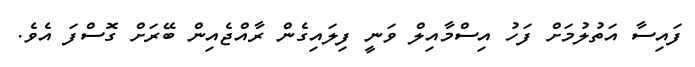
ފައިސާ އަތުލުމަށް ފަހު އިސްމާއިލް ވަނީ ފިލައިގެން ރާއްޖެއިން ބޭރަށް ގޮސްފަ އެވެ.